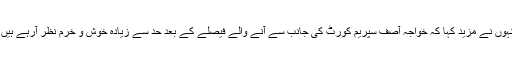
انہوں نے مزید کہا کہ خواجہ آصف سپریم کورٹ کی جانب سے آنے والے فیصلے کے بعد حد سے زیادہ خوش و خرم نظر آرہے ہیں ۔